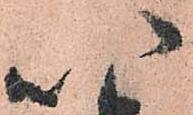
以